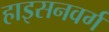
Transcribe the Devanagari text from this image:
हाइसनवर्ग